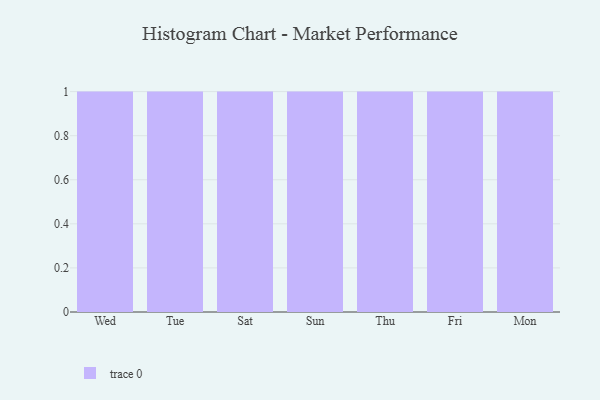
{"axis": {"x": "Day", "y": "Satisfaction Score"}, "legend": [""], "data": [{"x": "Wed", "y": 36, "type": ""}, {"x": "Tue", "y": 49, "type": ""}, {"x": "Sat", "y": 48, "type": ""}, {"x": "Sun", "y": 97, "type": ""}, {"x": "Thu", "y": 76, "type": ""}, {"x": "Fri", "y": 88, "type": ""}, {"x": "Mon", "y": 25, "type": ""}]}